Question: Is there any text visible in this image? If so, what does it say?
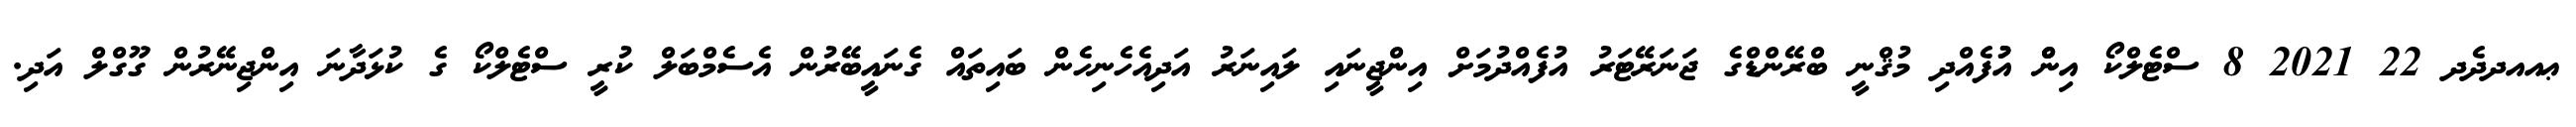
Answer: ޢއއދދެދ 22 2021 8 ސްޓެލްކޯ އިންް އުުފެއްދި މުޤްނީ ބްރޭންޑްގެ ޖަނަރޭޓަރު އުފެއްދުމަށް އިންޖީނައި ލައިނަރު އަދިއެހެނިހެން ބައިތައް ގެނައީބޭރުން އެސެމްބަލް ކުރީ ސްޓެލްކޯ ގެ ކުޅަދާނަ އިންޖިނޭރުން ގޫގްލް އަދި.